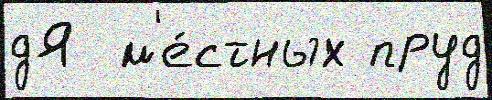
дЯ  м'е́стных пруд